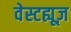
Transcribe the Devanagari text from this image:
वेस्टह्यूज़